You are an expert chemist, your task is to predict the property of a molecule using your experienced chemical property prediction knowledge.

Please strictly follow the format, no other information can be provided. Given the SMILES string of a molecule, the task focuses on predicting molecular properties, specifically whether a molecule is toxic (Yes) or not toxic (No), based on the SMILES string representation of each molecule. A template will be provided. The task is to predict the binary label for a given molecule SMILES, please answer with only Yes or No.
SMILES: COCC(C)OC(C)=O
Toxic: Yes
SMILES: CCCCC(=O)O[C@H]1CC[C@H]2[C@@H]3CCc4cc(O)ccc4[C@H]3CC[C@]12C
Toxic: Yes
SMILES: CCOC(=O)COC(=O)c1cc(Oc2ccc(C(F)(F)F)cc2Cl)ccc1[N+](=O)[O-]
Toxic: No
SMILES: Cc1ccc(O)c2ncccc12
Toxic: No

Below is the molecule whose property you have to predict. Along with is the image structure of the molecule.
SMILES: CCN(CC)CCNC(C(=O)OCCC(C)C)c1ccccc1
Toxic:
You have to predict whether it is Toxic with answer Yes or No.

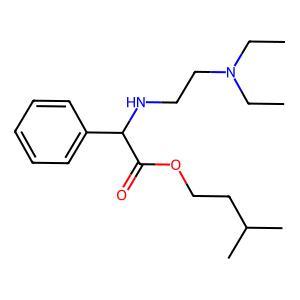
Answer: No